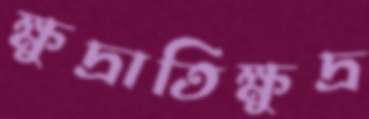
ক্ষুদ্রাতিক্ষুদ্র